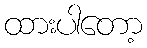
ထားပါတော့